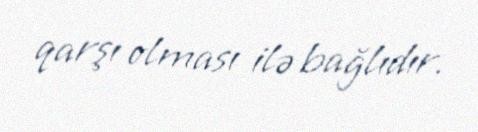
qarşı olması ilə bağlıdır.